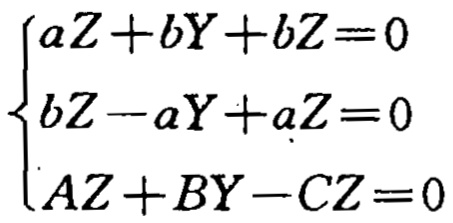
\[\begin{cases}

aZ + bY + bZ = 0\\

bZ - aY + aZ = 0\\

AZ + BY - CZ = 0

\end{cases}\]